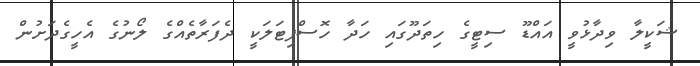
ޝަކީލާ ވިދާޅުވީ އައްޑޫ ސިޓީގެ ހިތަދޫގައި ހަދާ ހޮސްޕިޓަލަކީ ދެފަރާތެއްގެ ލޯނުގެ އެހީގެދަށުން